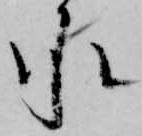
承